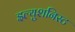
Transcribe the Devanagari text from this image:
इल्युशनिस्ट